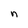
Character: n